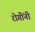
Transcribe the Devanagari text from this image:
रोगींनी